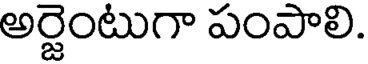
అర్జెంటుగా పంపాలి.